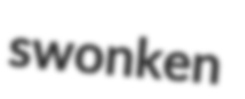
swonken